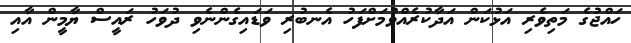
ހައްޖުގެ މަތިވެރި އަޅުކަން އަދާކުރެއްވުމަށްފަހު އެނބުރި ވަޑައިގެންނެވި ދުވަހު ރައީސް ޔާމީން އާއި